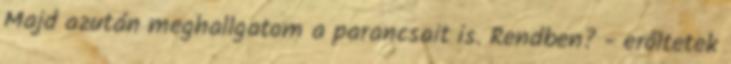
Majd azután meghallgatom a parancsait is. Rendben? - erőltetek